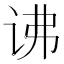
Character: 𬣧